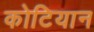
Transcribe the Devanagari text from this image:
कोटियान